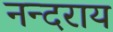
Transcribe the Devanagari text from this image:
नन्दराय